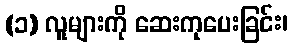
(၁) လူများကို ဆေးကုပေးခြင်း၊